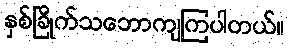
နှစ်ခြိုက်သဘောကျကြပါတယ်။